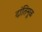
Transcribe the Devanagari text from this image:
दांतिमूळ